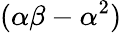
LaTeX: (\alpha\beta-\alpha^{2})